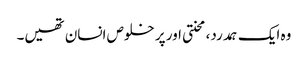
وہ ایک ہمدرد، محنتی اور پر خلوص انسان تھیں۔